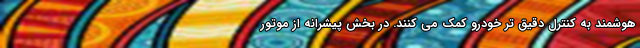
هوشمند به کنترل دقیق تر خودرو کمک می کنند. در بخش پیشرانه از موتور